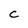
Character: c